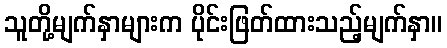
သူတို့မျက်နှာများက ပိုင်းဖြတ်ထားသည့်မျက်နှာ။